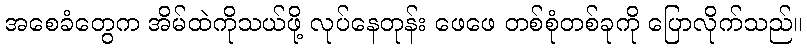
အစေခံတွေက အိမ်ထဲကိုသယ်ဖို့ လုပ်နေတုန်း ဖေဖေ တစ်စုံတစ်ခုကို ပြောလိုက်သည်။